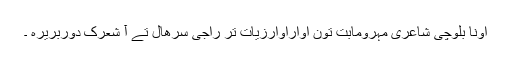
اونا بلوچی شاعری مہرومابت تون اواراوارزیات تر راجی سرھال تے آ شعرک دوربریرہ ۔